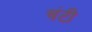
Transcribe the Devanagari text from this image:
चंटी